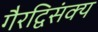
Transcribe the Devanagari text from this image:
गैरद्विसंक्य